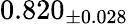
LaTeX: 0.820_{\pm 0.028}